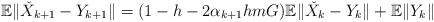
LaTeX: \begin{align*}\mathbb{E}\|\check{X}_{k+1}-Y_{k+1}\| = (1-h-2\alpha_{k+1}hmG)\mathbb{E}\|\check{X}_k-Y_k\| +\mathbb{E}\|Y_k\|\end{align*}